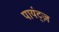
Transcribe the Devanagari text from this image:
पायंट्ज़